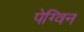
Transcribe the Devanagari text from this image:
पेग्विन